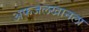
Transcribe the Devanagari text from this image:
अफजलखानला